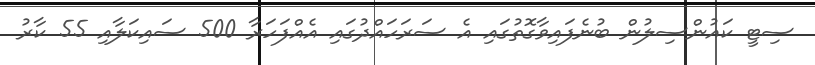
ސިޓީ ކައުންސިލުން ބުނެފައިވާގޮތުގައި އެ ސަރަހައްދުގައި އެއްފަހަރާ 500 ސައިކަލާއި 55 ކާރު